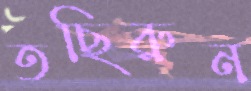
তছিরুন